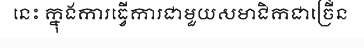
នេះ ក្នុងការធ្វើការជាមួយសមាជិកជាច្រើន